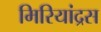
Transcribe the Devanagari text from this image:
मिरियांद्रस